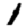
Digit: 1